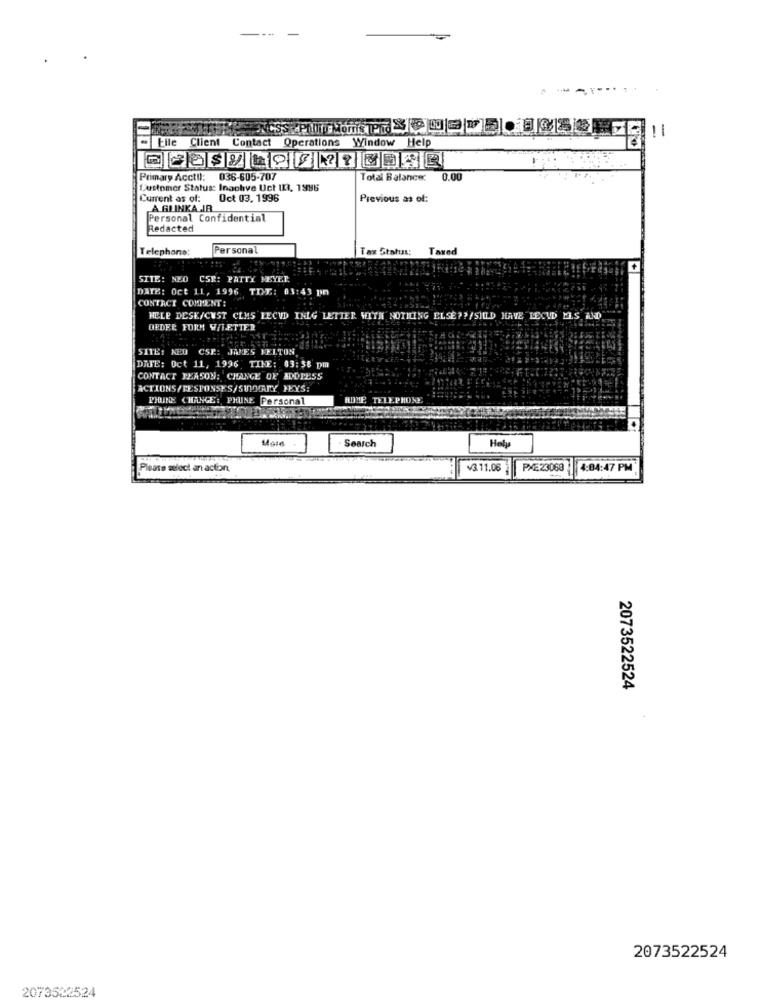
CSS Philip Morris TPhd
Client
Contact
Operations Window Help
-
Primary Acctll: 036-605-707
036-605-707
Total Balance:
0.00
Customer Status: Inachve Uct In, 1996
Current as of:
Oct 03, 1996
Previous as of:
A GLINKA IR
Personal Confidential
Redacted
Telephone:
Personal
Tax Status:
Taxed
SITE: NEO CSR: PATTY MEYER.
DATE: Oct 11, 1996. TIME: 03:43 pm
CONTACT COMMENT:
HELP DESK/CUST CLMS LECUD INLG LETTER WITH NOTHING ELSE ?? /SILD HAVE LECUD ELS AND
ORDER FORM Y/LETTER
SITE: NED CSR: JAMES MELTON
DATE: Oct 11, 1996 TIME: 03:38 pm
CONTACT REASON: CHANGE OF ADDRESS
ACTIONS/RESPONSES/SUMMARY PEYS:
PHUNE CHANGE: PHUNE Personal
HOME TELEPHONE
Hel
Search
Please select an action.
¥3 11.08
PXE23063
4:04:47 PM
2073522524
2073522524
2073522524